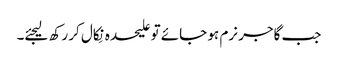
جب گاجر نرم ہو جائے تو علیحدہ نِکال کر رکھ لیجئے۔